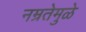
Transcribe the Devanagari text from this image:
नम्रतेमुळे